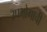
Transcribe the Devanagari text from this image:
उपभोगाची